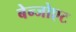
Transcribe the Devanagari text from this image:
बेन्जोएट